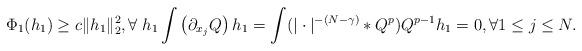
LaTeX: \begin{align*}\Phi_1(h_1) \ge c \| h_1 \|_2^2, \forall \; h_1 \int \left( \partial_{x_j} Q \right) h_1 = \int (|\cdot|^{-(N-\gamma)} * Q^p) Q^{p-1}h_1 =0, \forall 1 \le j \le N.\end{align*}